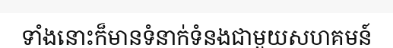
ទាំងនោះក៏មានទំនាក់ទំនងជាមួយសហគមន៍